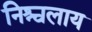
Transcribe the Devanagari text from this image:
निश्चलाय